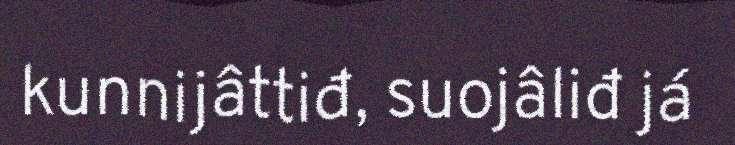
kunnijâttiđ, suojâliđ já